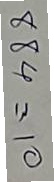
884 = 10